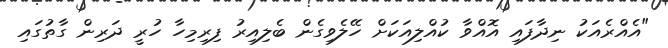
"އެއްރެއަކު ނިދާފައި އޮއްވާ ކުއްލިއަކަށް ހޭލެވިގެން ބެލިއިރު ފިރިމިހާ ހުރީ ދަރިން ގާތުގައި